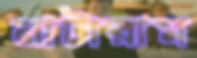
নাটারাম